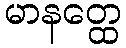
မာနတ္ထေ